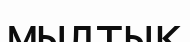
мылтық